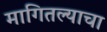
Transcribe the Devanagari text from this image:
मागितल्याचा